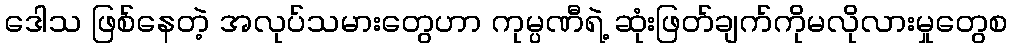
ဒေါသ ဖြစ်နေတဲ့ အလုပ်သမားတွေဟာ ကုမ္ပဏီရဲ့ ဆုံးဖြတ်ချက်ကိုမလိုလားမှုတွေစ